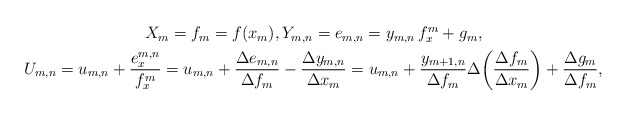
\begin{align*}\begin{gathered}X_m = f_m = f(x_m),Y_{m,n} = e_{m,n} = y_{m,n}\, f_{x}^m + g_m,\\U_{m,n} = u_{m,n} + \frac{e_{x}^{m,n}}{f_{x}^m} = u_{m,n} + \frac{\Delta e_{m,n}}{\Delta f_m} - \frac{\Delta y_{m,n}}{\Delta x_m}=u_{m,n} + \frac{y_{m+1,n}}{\Delta f_{m}} \Delta\bigg( \frac{\Delta f_m}{\Delta x_m}\bigg) + \frac{\Delta g_m}{\Delta f_m},\end{gathered}\end{align*}